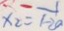
x _ { 2 } = \frac { 1 } { 1 - 2 a }